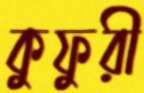
কুফুরী